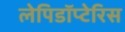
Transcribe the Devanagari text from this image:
लेपिडॉप्टेरिस